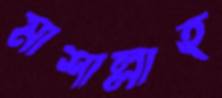
মাশাল্লাহ্